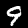
Digit: 9